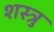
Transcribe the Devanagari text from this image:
शस्त्रु